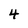
Character: 4